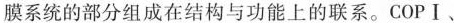
膜系统的部分组成在结构与功能上的联系。COPⅠ、